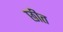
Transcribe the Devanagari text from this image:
छीत